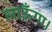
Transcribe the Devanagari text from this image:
लाऊँगा।